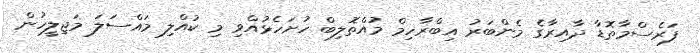
ފަރެސްމާތޮޑާ ދާއިރާގެ މެންބަރު އިބްރާހިމް މުއްތޮލިބް ހުށަހެޅުއްވި މި ކުއްލި މައްސަލަ މަޖިލީހުން